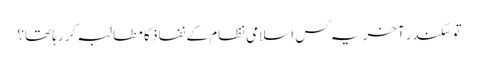
تو سکندر آخر یہ کس اسلامی نظام کے نفاذ کا مطالبہ کر رہا تھا؟